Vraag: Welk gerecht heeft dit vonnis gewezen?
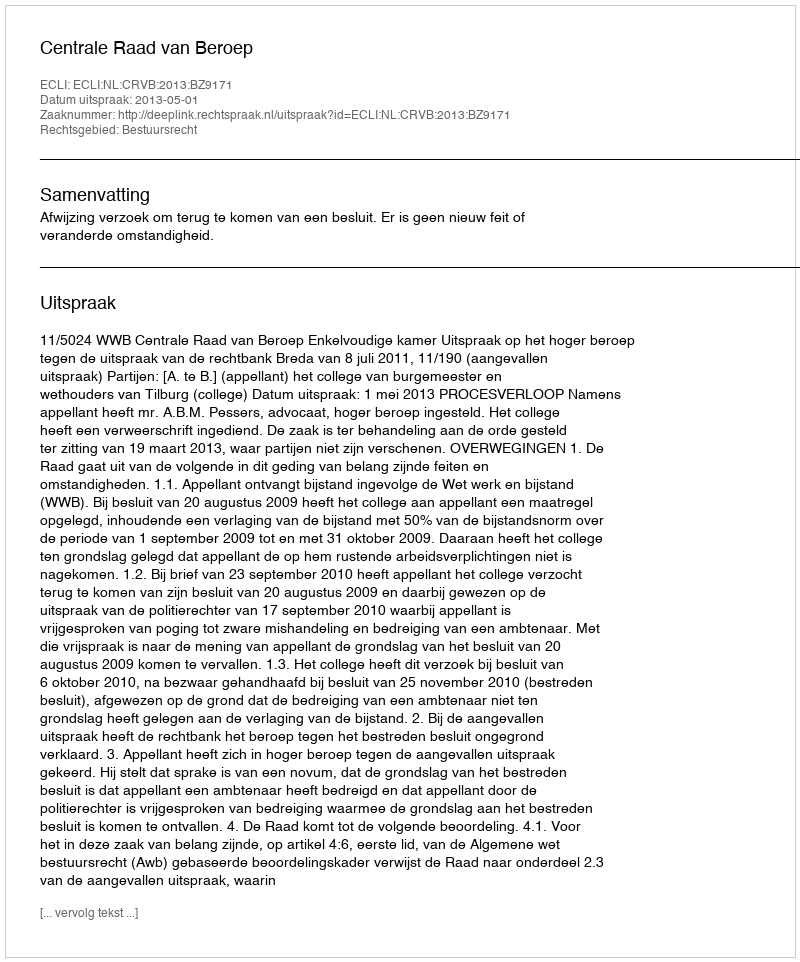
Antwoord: Centrale Raad van Beroep